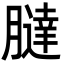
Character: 𦡯